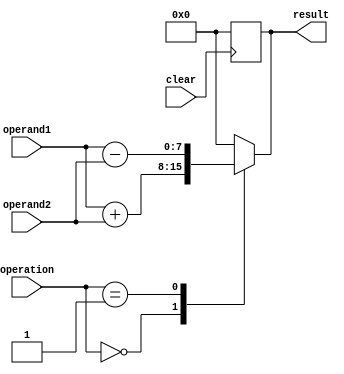
module accumulator (
    input wire [1:0] operation, // 00 for addition, 01 for subtraction
    input wire [7:0] operand1,
    input wire [7:0] operand2,
    input wire clear,
    output reg [7:0] result
);

always @(*) begin
    case (operation)
        2'b00: result = operand1 + operand2;
        2'b01: result = operand1 - operand2;
        default: result = 8'b0; // default case if operation is invalid
    endcase
end

always @(posedge clear) begin
    if (clear)
        result <= 8'b0;
end

endmodule